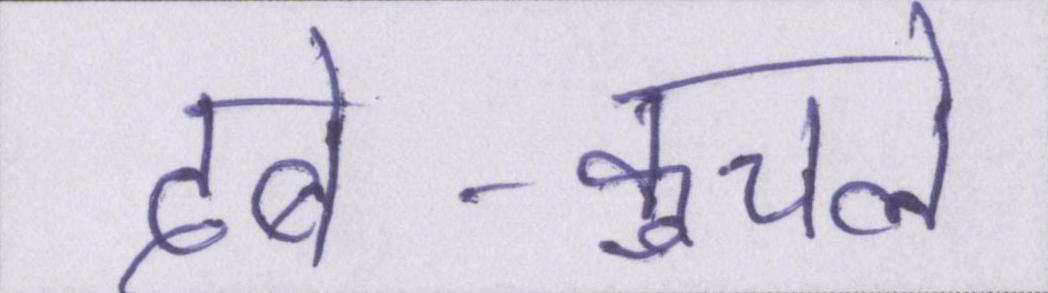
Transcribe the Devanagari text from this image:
दबे-कुचले